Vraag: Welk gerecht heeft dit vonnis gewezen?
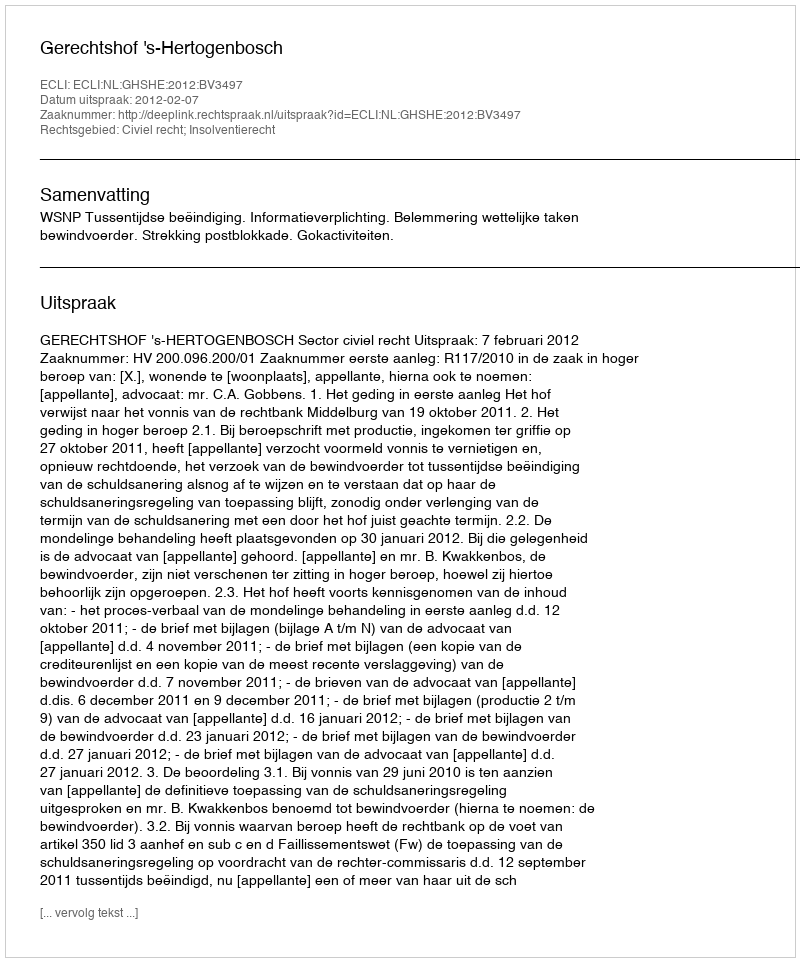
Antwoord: Gerechtshof 's-Hertogenbosch